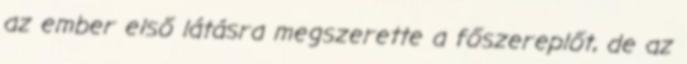
az ember első látásra megszerette a főszereplőt, de az